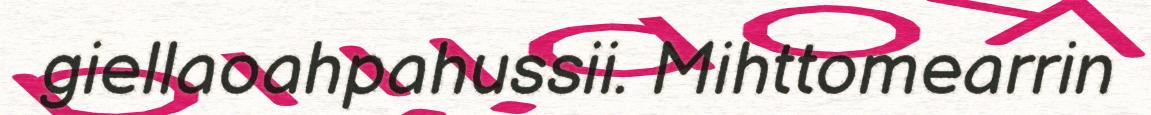
giellaoahpahussii. Mihttomearrin